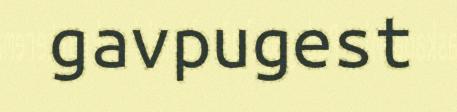
gavpugest